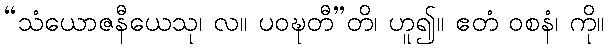
“သံယောဇနီယေသု၊ လ။ ပဝဍ္ဎတီ”တိ၊ ဟူ၍။ ဧတံ ဝစနံ၊ ကို။